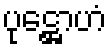
ပုဋ္ဌောဟံ